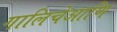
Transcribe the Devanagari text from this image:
गालिचेआणि